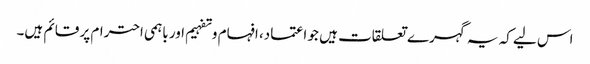
اس لیے کہ یہ گہرے تعلقات ہیں جو اعتماد، افہام وتفہیم اور باہمی احترام پر قائم ہیں۔